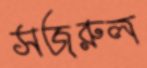
সজরুল